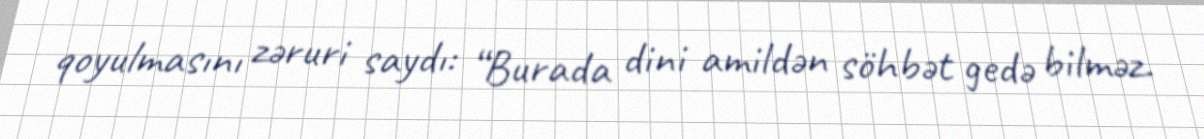
qoyulmasını zəruri saydı: “Burada dini amildən söhbət gedə bilməz.